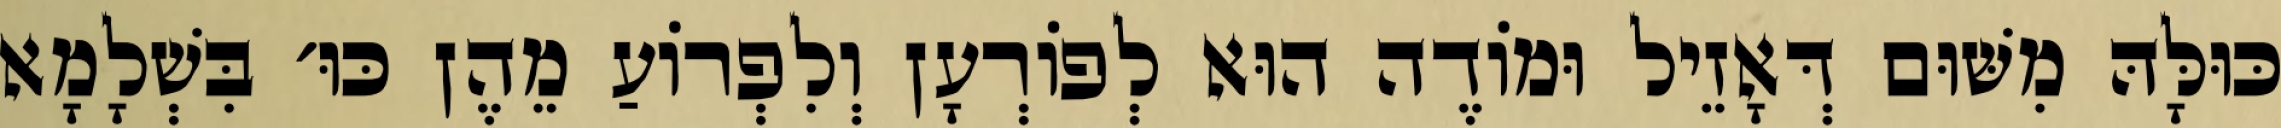
כּוּלָּהּ מִשּׁוּם דְּאָזֵיל וּמוֹדֶה הוּא לְפוֹרְעָן וְלִפְרוֹעַ מֵהֶן כּוּ׳ בִּשְׁלָמָא